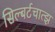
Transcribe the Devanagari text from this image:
सिल्बर्टचात्झ